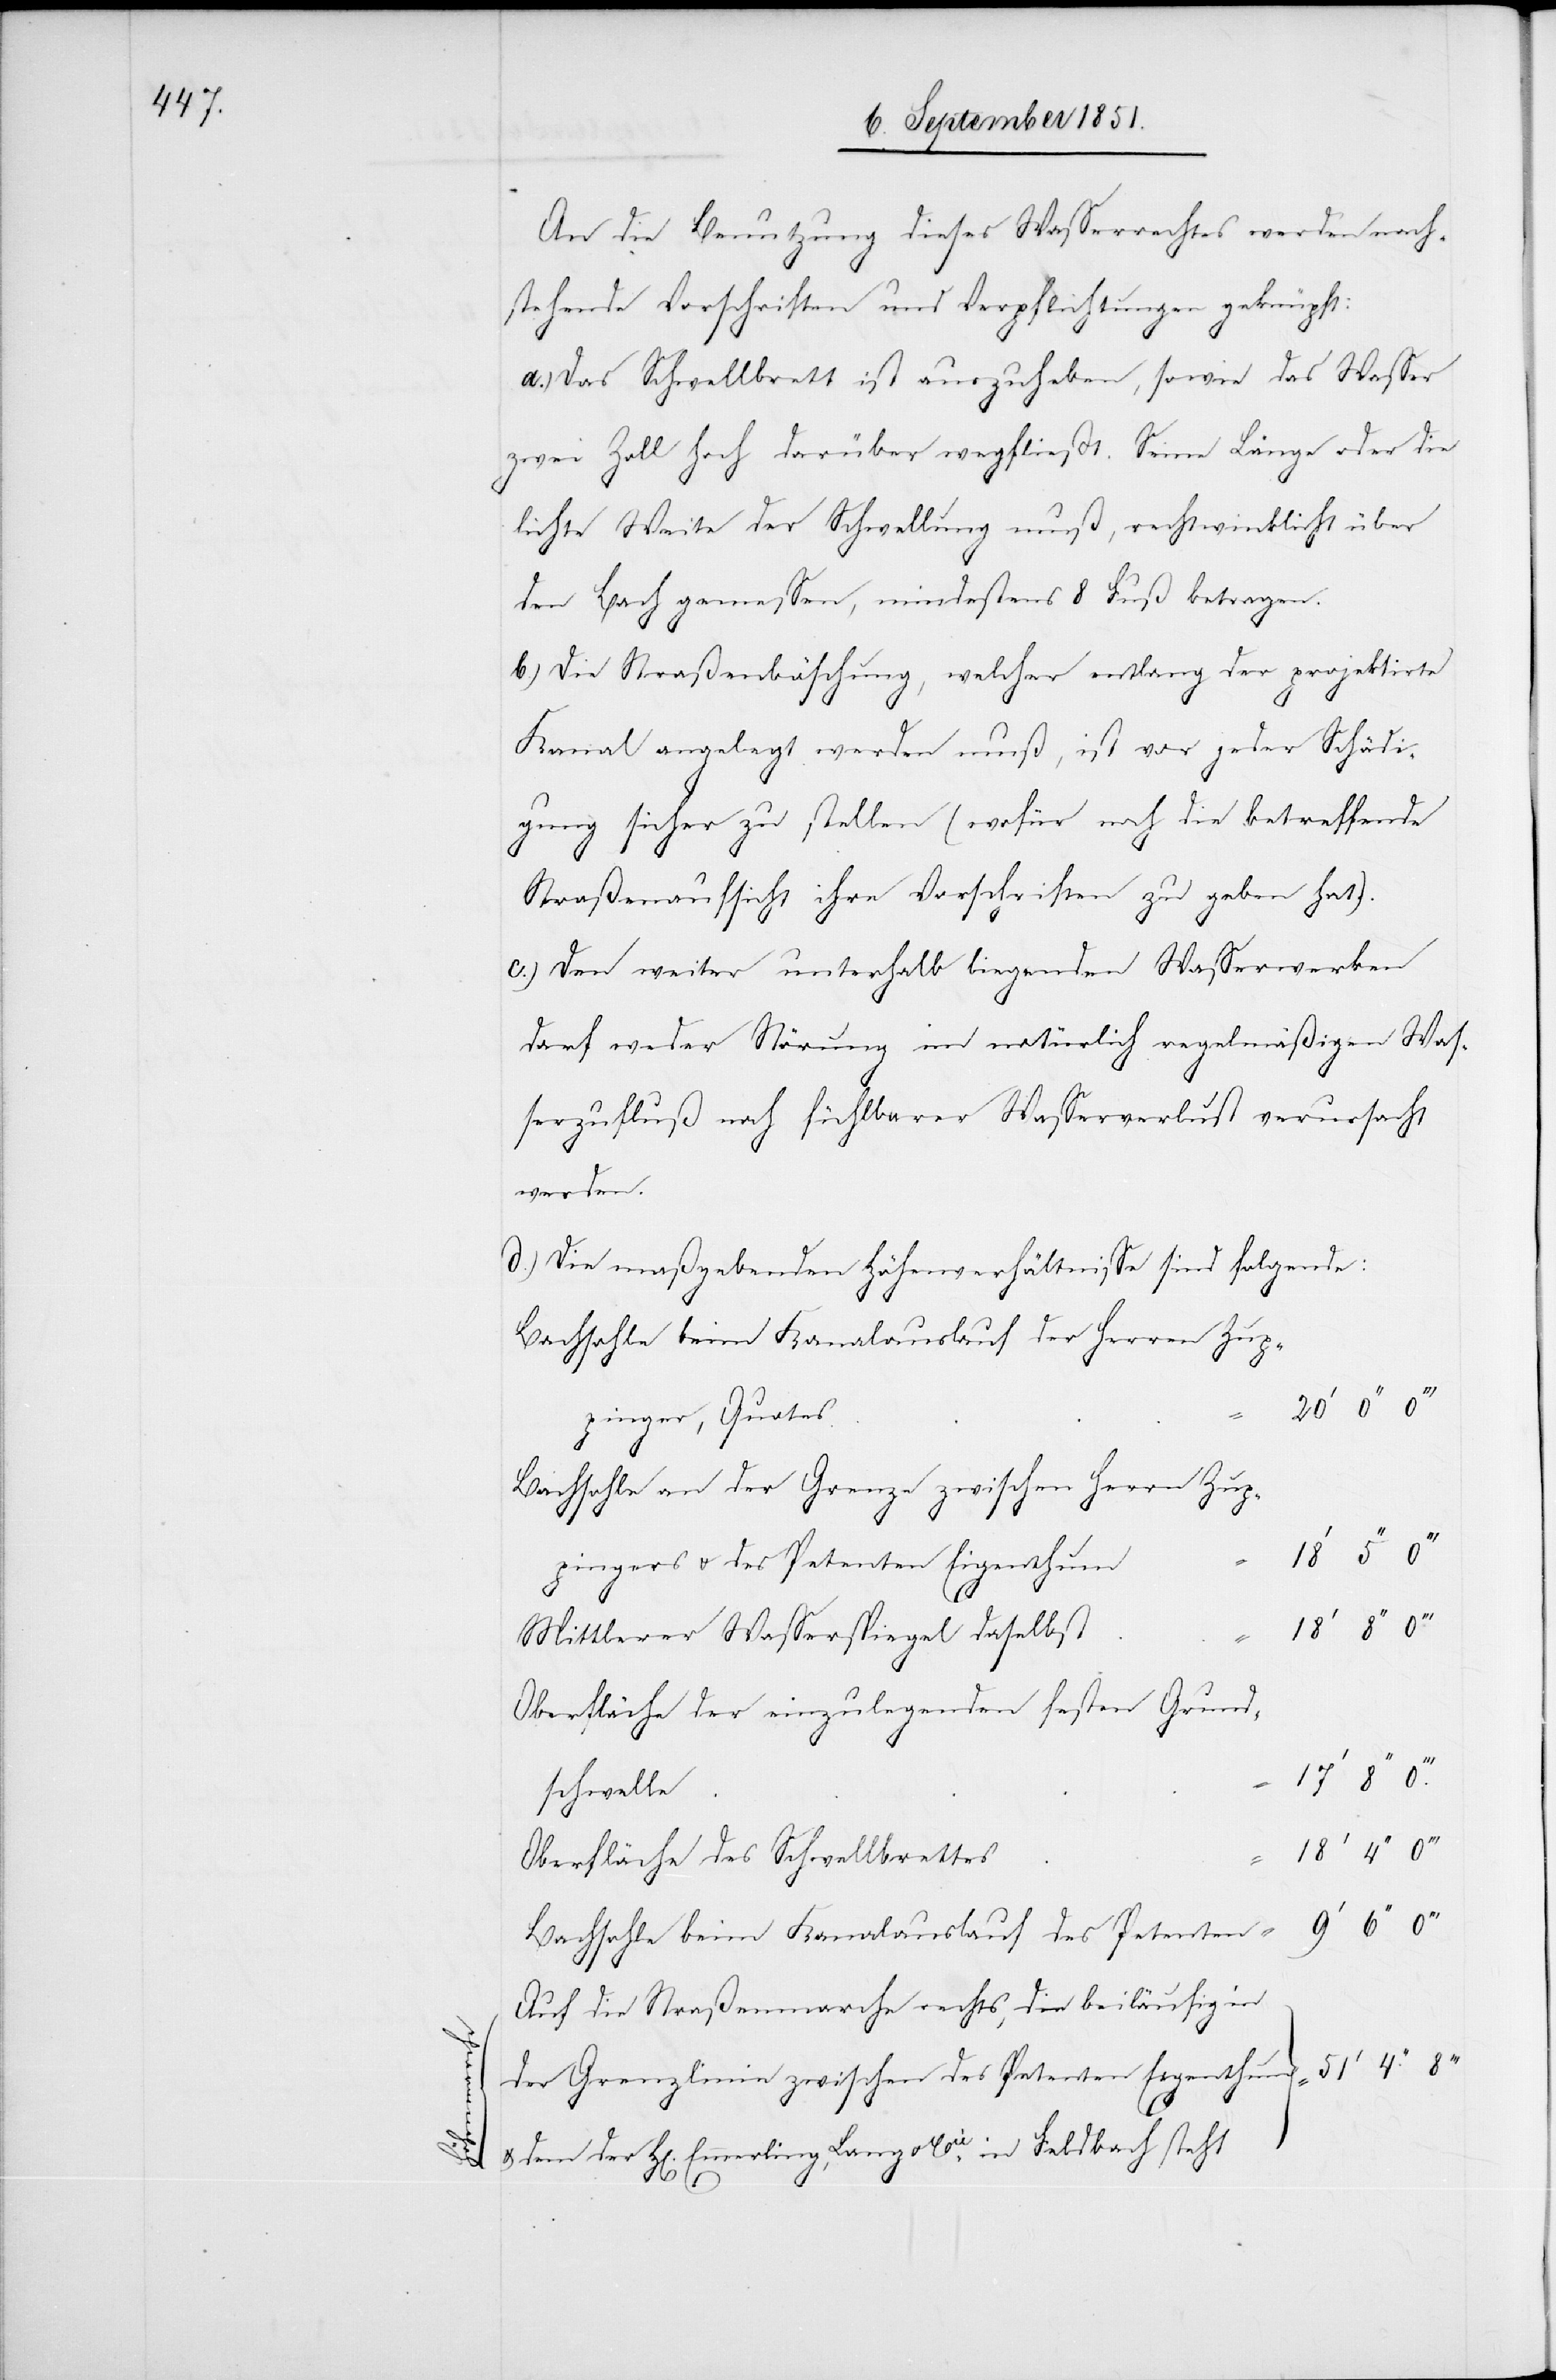
An die Benutzung dieses Wasserrechtes werden nach¬
stehende Vorschriften und Verpflichtungen geknüpft:
Das Schwellbrett ist auszuheben, sowie das Wasser
zwei Zoll hoch darüber wegfließt. Seine Länge oder die
lichte Weite der Schwellung muß, rechtwinklicht über
den Bach gemessen, mindestens 8 Fuß betragen.
Die Straßenböschung, welcher entlang der projektirte
Kanal angelegt werden muß, ist vor jeder Schädi¬
gung sicher zu stellen (wofür noch die betreffende
Straßenaufsicht ihre Vorschriften zu geben hat).
Den weiter unterhalb liegenden Wasserwerken
darf weder Störung im natürlich regelmäßigen Was¬
serzufluß noch fühlbarer Wasserverlust verursacht
marchen.
Die maßgebenden Höhenverhältnisse sind folgende:
Bachsohle beim Kanalauslauf der Herren Zup¬
pinger, Quotes
Bachsohle an der Grenze zwischen Herrn Zup¬
pingers u. des Petenten Eigenthum
18‘
Mittlerer Wasserspiegel daselbst
Oberfläche der einzulegenden festen Grund¬
schwelle
8‘‘
Oberfläche des Schwellbrettes
Bachsohle beim Kanalauslauf des Petenten =
Auf die Straßenmarche rechts, die beiläufig in
der Grenzlinie zwischen des Petenten Eigenthum & dem
18‘
der H[erren] Emmerling, Lang u. Cie. in Feldbach steht